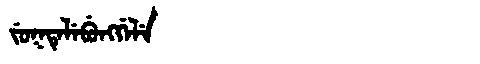
Manchu: ᠵᡠᡴᡨᡝᠯᡝᠪᡠᠩᡤᡝᠯᡝ
Romanization: JUKTELEBUNGGELE